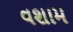
વશામ